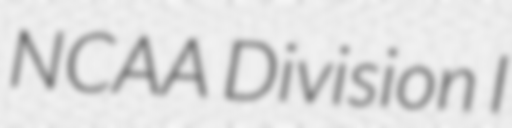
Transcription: NCAA Division I